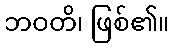
ဘဝတိ၊ ဖြစ်၏။